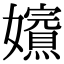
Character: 𡤁